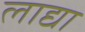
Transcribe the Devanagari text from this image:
लाद्या